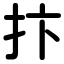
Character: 抃